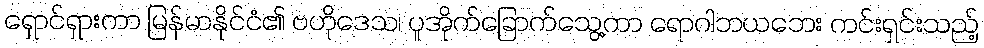
ရှောင်ရှားကာ မြန်မာနိုင်ငံ၏ ဗဟိုဒေသ၊ ပူအိုက်ခြောက်သွေ့ကာ ရောဂါဘယဘေး ကင်းရှင်းသည့်